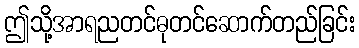
ဤသို့အာရညတင်ဓုတင်ဆောက်တည်ခြင်း